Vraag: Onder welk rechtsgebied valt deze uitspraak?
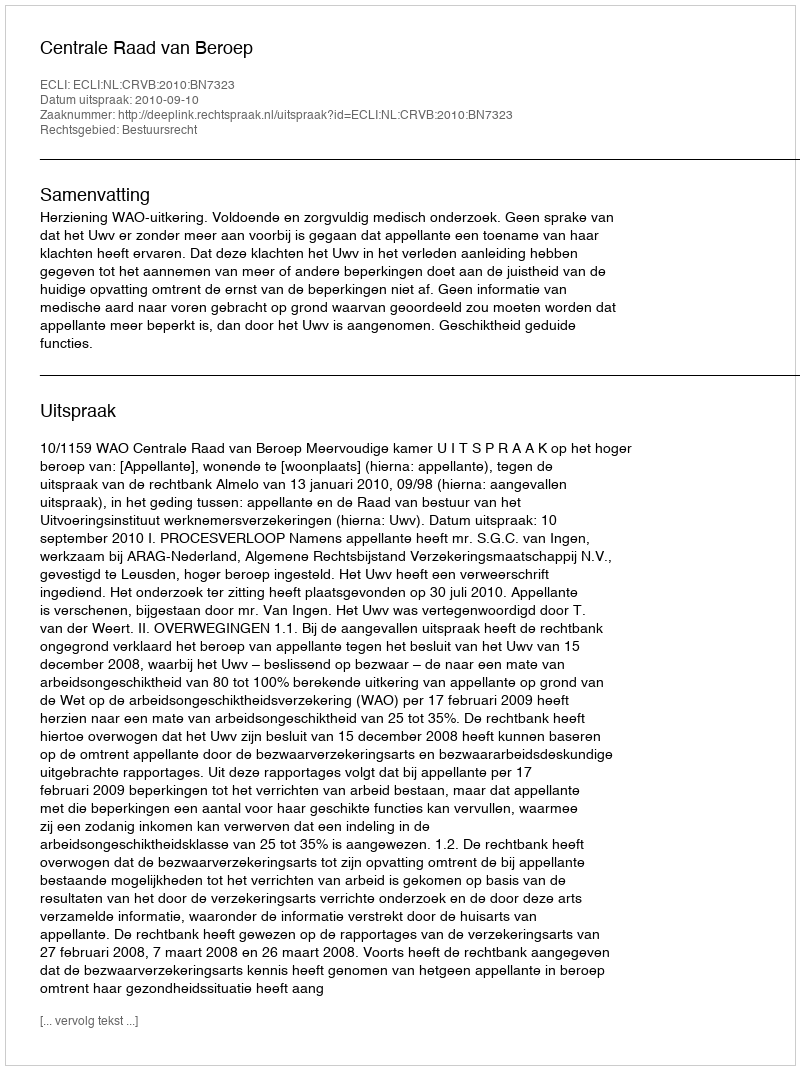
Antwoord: Bestuursrecht